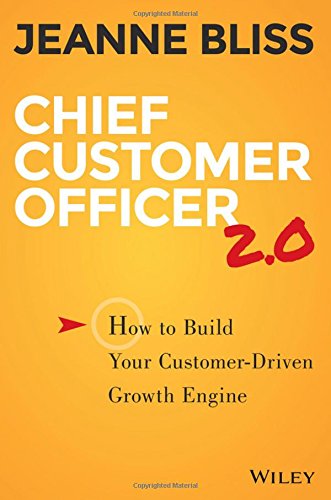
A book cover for Chief Customer Officer 2.0: How to Build Your Customer-Driven Growth Engine; Jeanne Bliss; Business & Money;